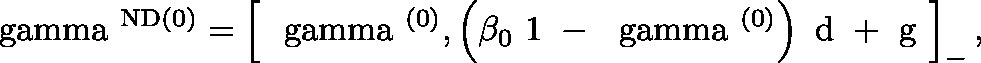
\mathrm { \boldmath { ~ \ g a m m a ~ } } ^ { \mathrm { N D } ( 0 ) } = \left[ \mathrm { \boldmath { ~ \ g a m m a ~ } } ^ { ( 0 ) } , \left( \beta _ { 0 } \mathrm { \boldmath { ~ 1 ~ } } - \mathrm { \boldmath { ~ \ g a m m a ~ } } ^ { ( 0 ) } \right) \mathrm { \boldmath { ~ d ~ } } + \mathrm { \boldmath { ~ g ~ } } \right] _ { - } ,